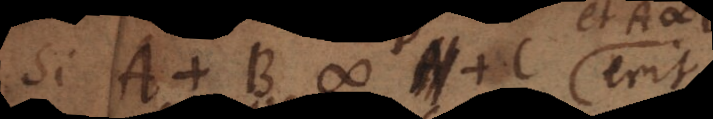
si A + B # C, erit